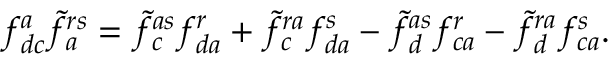
f _ { d c } ^ { a } \tilde { f } _ { a } ^ { r s } = \tilde { f } _ { c } ^ { a s } f _ { d a } ^ { r } + \tilde { f } _ { c } ^ { r a } f _ { d a } ^ { s } - \tilde { f } _ { d } ^ { a s } f _ { c a } ^ { r } - \tilde { f } _ { d } ^ { r a } f _ { c a } ^ { s } .